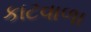
કાટવાળા